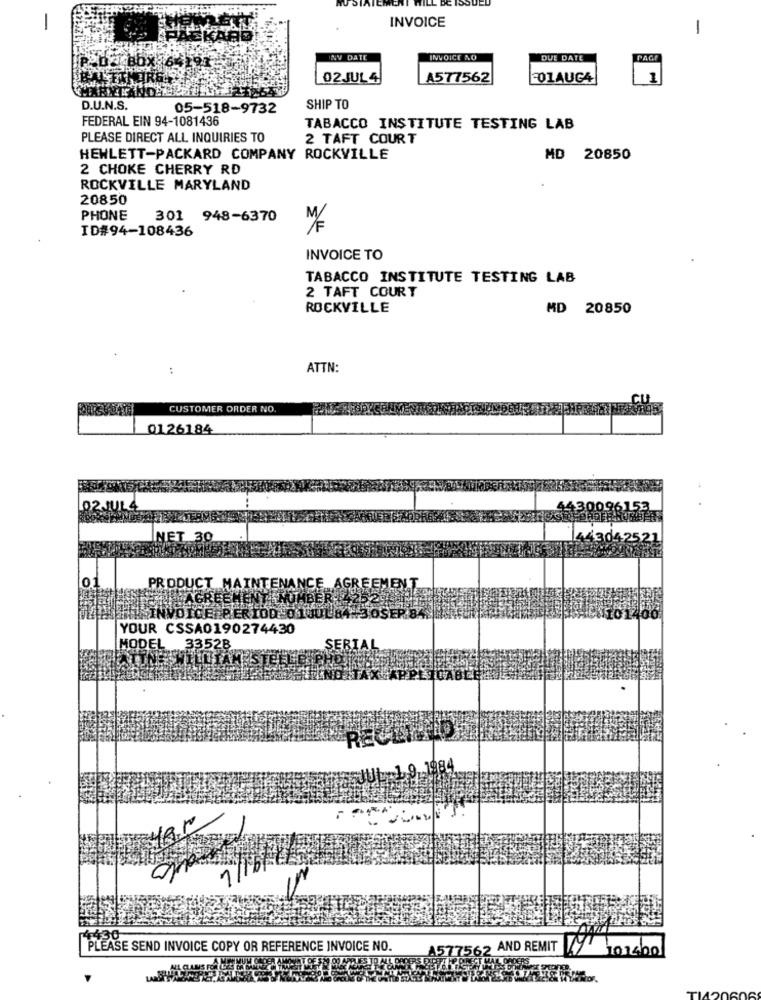
INVOICE
-
-
INV DATE
INVOICE NO
DUE DATE
PAGI
02JUL 4
A577562
FO1AUG4
1
D.U.N.S.
05-518-9732
SHIP TO
FEDERAL EIN 94-1081436
TABACCO INSTITUTE TESTING LAB
PLEASE DIRECT ALL INQUIRIES TO
2 TAFT COURT
HEWLETT-PACKARD COMPANY ROCKVILLE
MD 20850
2 CHOKE CHERRY RD
ROCKVILLE MARYLAND
20850
PHONE
301 948-6370
ID#94-108436
INVOICE TO
TABACCO INSTITUTE TESTING LAB
2 TAFT COURT
ROCKVILLE
MD 20850
ATTN:
CUSTOMER ORDER NO.
0126184
102
NET 30
LEER
PRODUCT
ICEZE
YOUR CSSA0190274430
MODEL 3352B
1/
PLEASE SEND INVOICE COPY OR REFERENCE INVOICE NO.
A577562
AND REMIT
101460